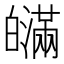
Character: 𤾯